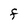
Character: F